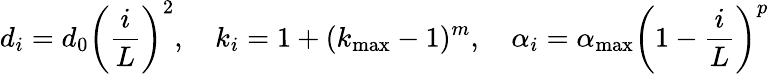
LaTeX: d_{i}=d_{0}\left(\frac{i}{L}\right)^{2},\quad k_{i}=1+(k_{\operatorname*{max}}-1)^{m},\quad\alpha_{i}=\alpha_{\operatorname*{max}}\left(1-\frac{i}{L}\right)^{p}